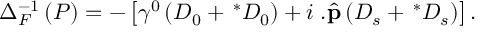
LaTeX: \Delta _ { F } ^ { - 1 } \left( P \right) = - \left[ \gamma ^ { 0 } \left( D _ { 0 } + \, ^ { \ast } D _ { 0 } \right) + i { \bf \gamma } . \widehat { { \bf p } } \left( D _ { s } + \, ^ { \ast } D _ { s } \right) \right] .